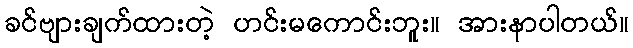
ခင်ဗျားချက်ထားတဲ့ ဟင်းမကောင်းဘူး။ အားနာပါတယ်။